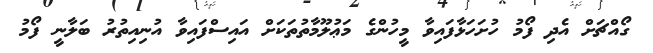
ގޯއްޗަށް އެދި ފޯމު ހުށަހަޅާފައިވާ މީހުންގެ މަޢުލޫމާތުތަކަށް އައިސްފައިވާ އުނިއިތުރު ބަލާނީ ފޯމު